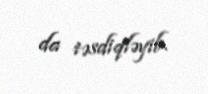
da təsdiqləyib.